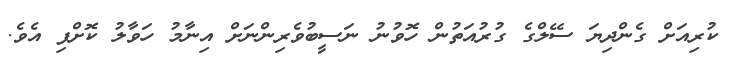
ކުރިއަށް ގެންދިޔަ ސޭލްގެ ގުރުއަތުން ހޮވުނު ނަސީބުވެރިންނަށް އިނާމު ހަވާލު ކޮށްފި އެވެ.